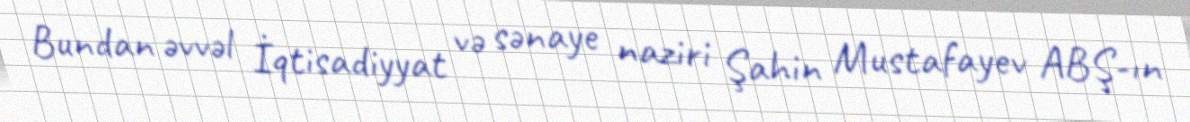
Bundan əvvəl İqtisadiyyat və sənaye naziri Şahin Mustafayev ABŞ-ın